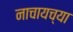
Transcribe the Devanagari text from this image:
नाचायच्या